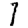
Digit: 1